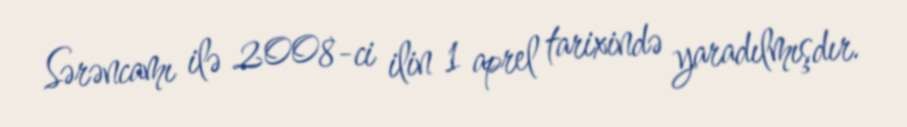
Sərəncamı ilə 2008-ci ilin 1 aprel tarixində yaradılmışdır.